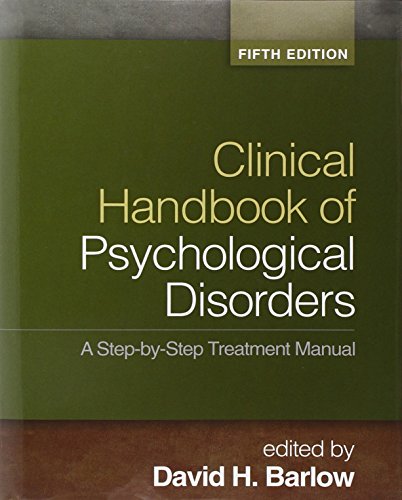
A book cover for Clinical Handbook of Psychological Disorders, Fifth Edition: A Step-by-Step Treatment Manual (Barlow: Clinical Handbook of Psychological Disorders); Medical Books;